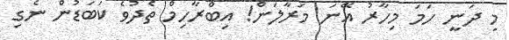
މި ދަނީ ހަމަ މިހާރު އޭނަ މަރާލަން! އިބްރާހިމް ތެދުވެ ކަބަޑުން ނެގި